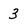
Character: 3